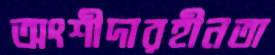
অংশীদারহীনতা